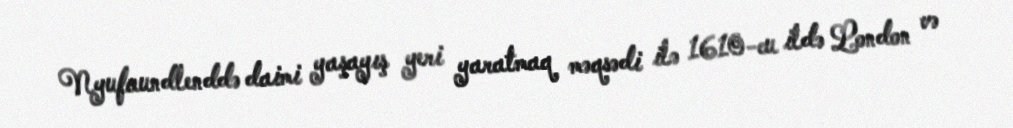
Nyufaundlenddə daimi yaşayış yeri yaratmaq məqsədi ilə 1610-cu ildə London və